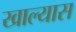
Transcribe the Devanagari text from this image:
खाल्यास